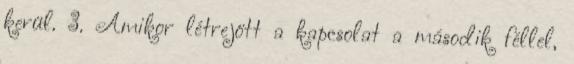
kerül. 3. Amikor létrejött a kapcsolat a második féllel,